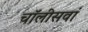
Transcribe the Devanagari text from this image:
चॉलीसवां